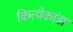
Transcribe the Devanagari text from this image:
कित्त्येकांन्ना